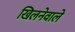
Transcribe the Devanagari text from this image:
खिलनेवाले